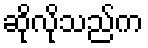
ဆိုလိုသည်က